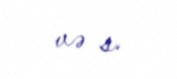
və s.